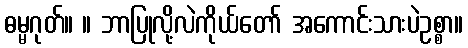
ဓမ္မဂုတ်။ ။ ဘာပြုလို့လဲကိုယ်တော် အကောင်းသားပဲဥစ္စာ။